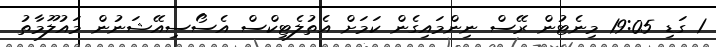
1 ގަޑި 19:05 މިނެޓުން ރޭސް ނިންމައިގެން ކަމަށް އެތުލެޓިކްސް އެސޯސިއޭޝަނުން މައުލޫމާތު